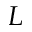
L